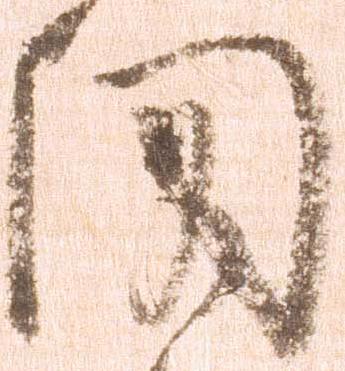
聞